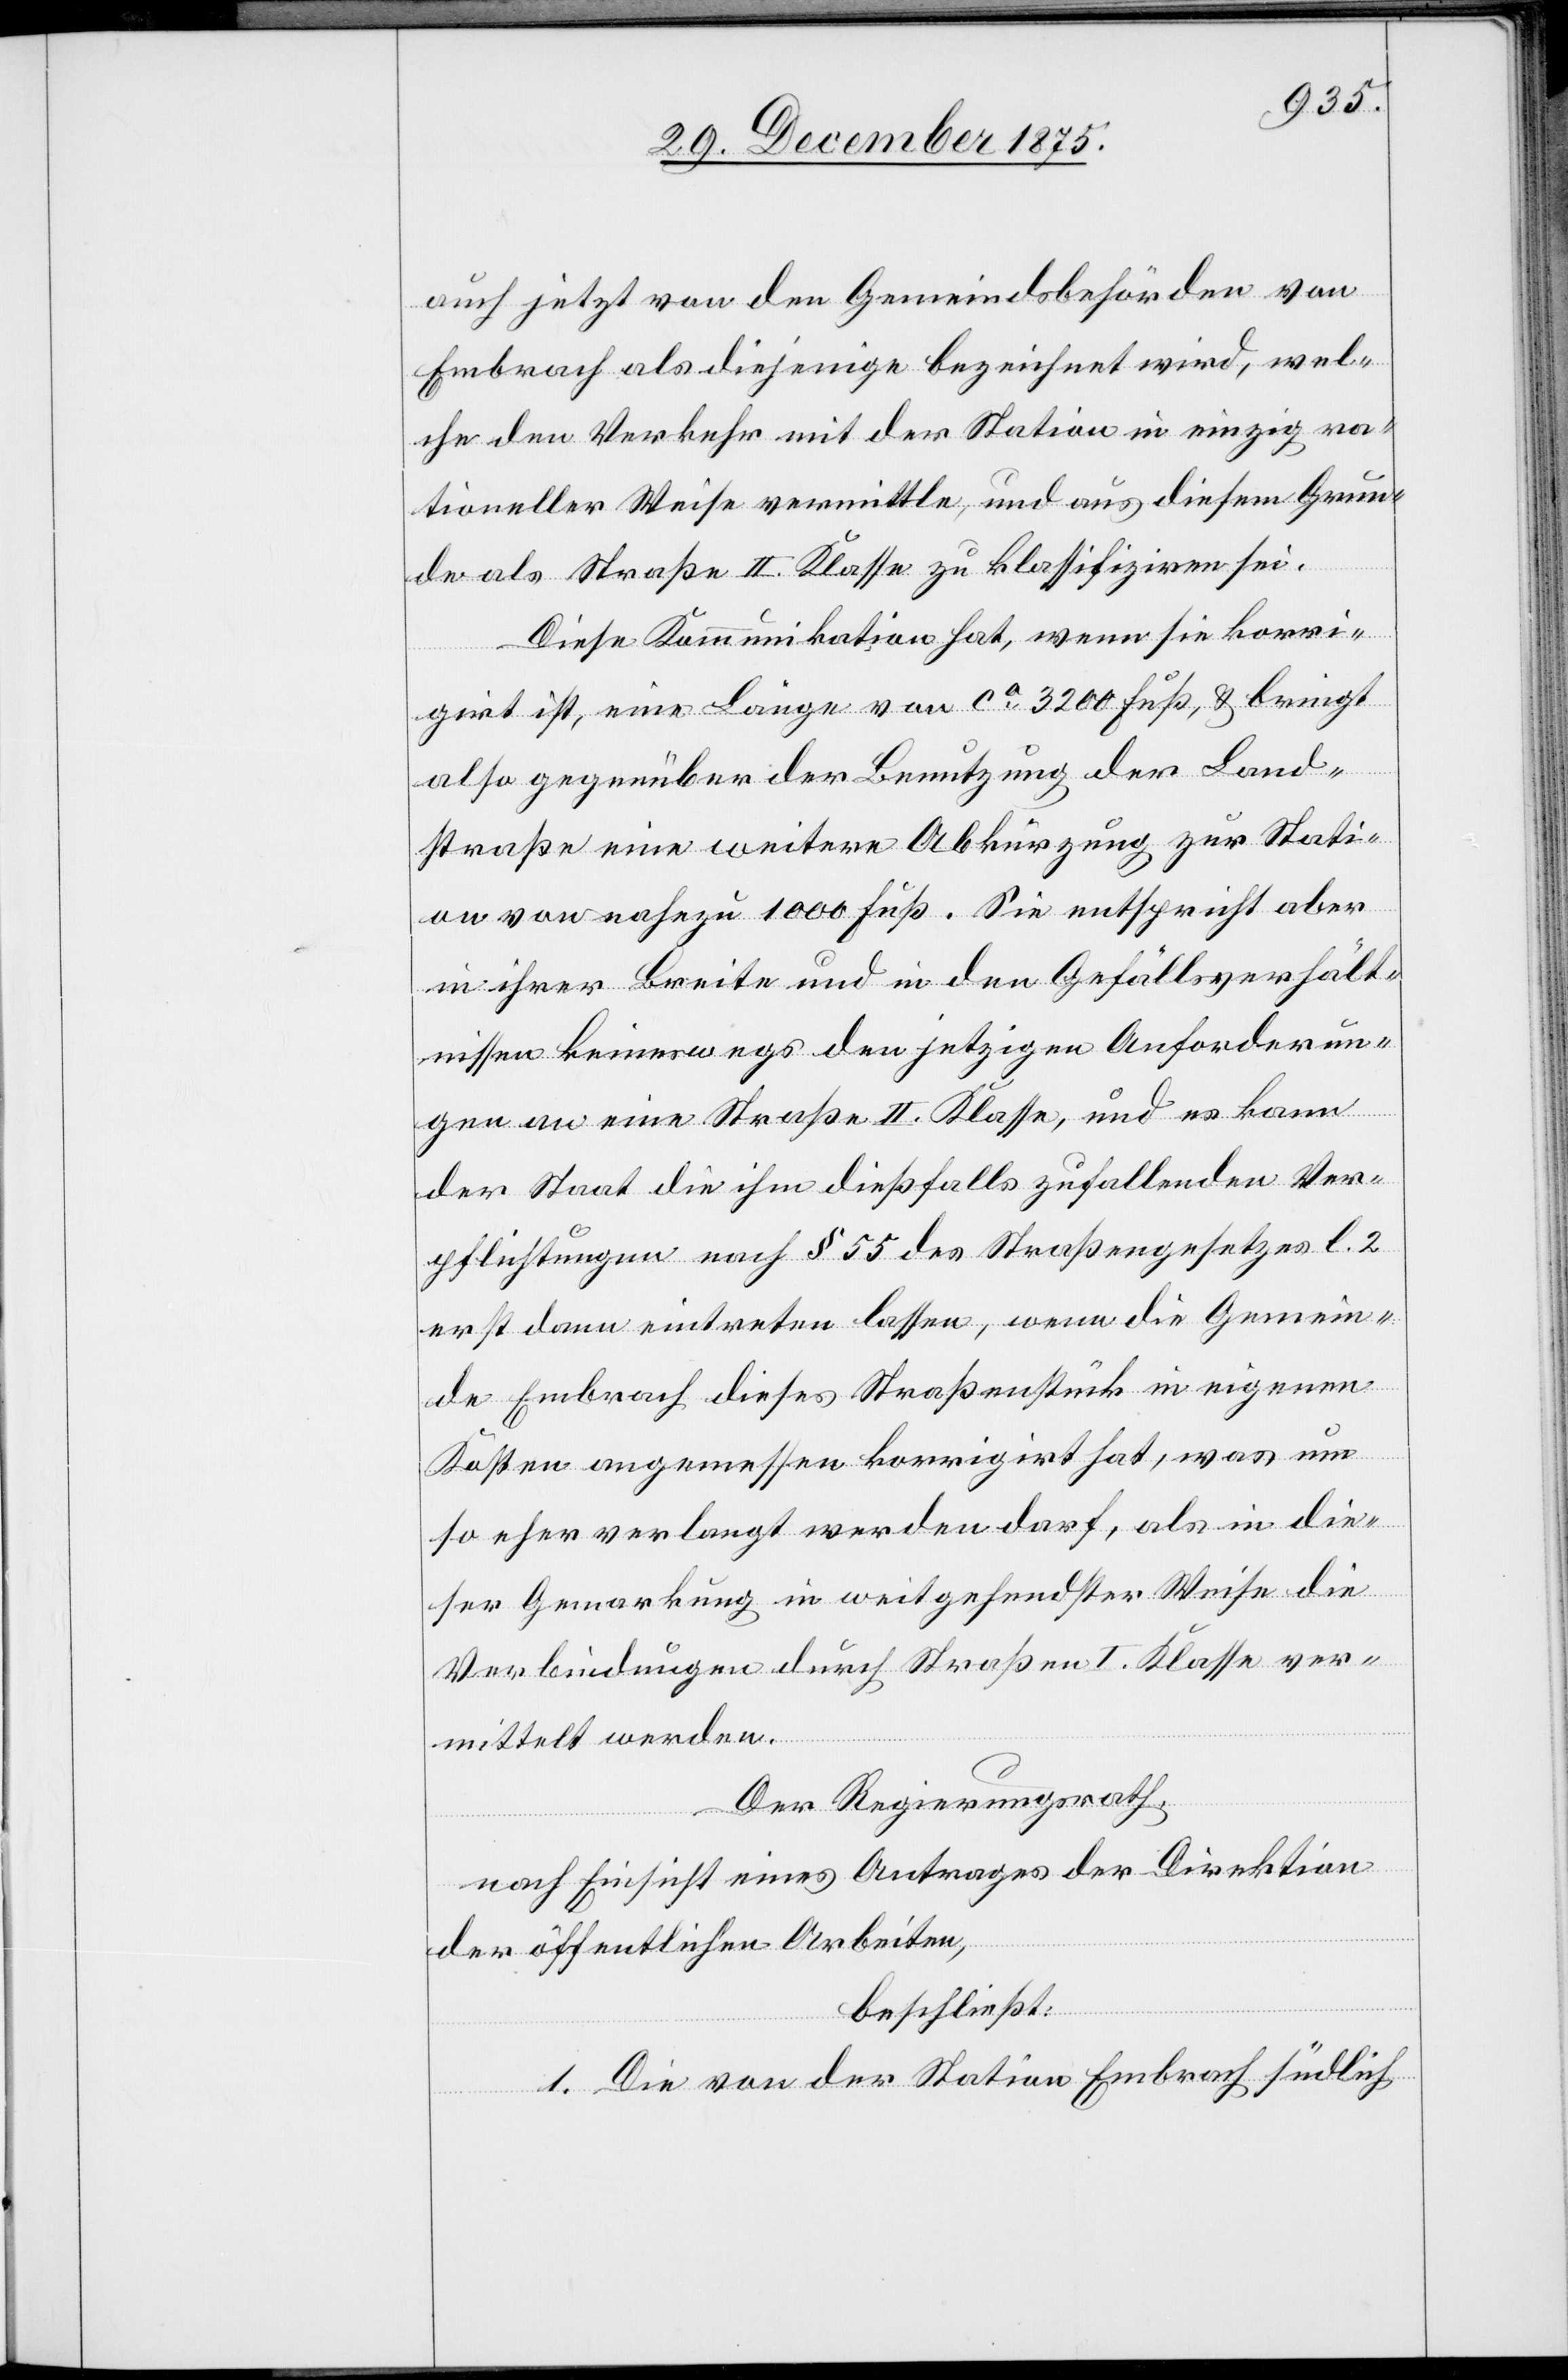
auch jetzt von den Gemeindsbehörden von
Embrach als diejenige bezeichnet wird, wel¬
che den Verkehr mit der Station in einzig ra¬
tioneller Weise vermitteln, und aus diesem Grun¬
de als Straße II. Klasse zu klassifiziren sei.
Diese Kommunikation hat, wenn sie korri¬
girt ist, eine Länge von ca 3200 Fuß, & bringt
also gegenüber der Benutzung der Land¬
straße eine weitere Abkürzung zur Stati¬
on von nahezu 1000 Fuß. Sie entspricht aber
in ihrer Breite und in den Gefällsverhält¬
nissen keineswegs den jetzigen Anforderun¬
gen an eine Straße II. Klasse, und es kann
der Staat die ihm dießfalls zufallenden Ver¬
pflichtungen nach § 55 des Straßengesetzes l. 2
erst dann eintreten lassen, wenn die Gemein¬
de Embrach dieses Straßenstück in eigenen
Kosten angemessen korrigirt hat, was um
so eher verlangt werden darf, als in die¬
ser Gemarkung in weitgesandter Weise die
Verbindungen durch Straßen I. Klasse ver¬
mittelt werden.
Der Regierungsrath,
nach Einsicht eines Antrages der Direktion
der öffentlichen Arbeiten,
beschließt:
1. Die von der Station Embrach südlich